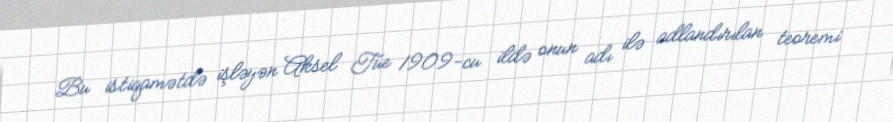
Bu istiqamətdə işləyən Aksel Tue 1909-cu ildə onun adı ilə adlandırılan teoremi